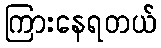
ကြားနေရတယ်